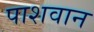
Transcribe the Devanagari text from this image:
पाशवान